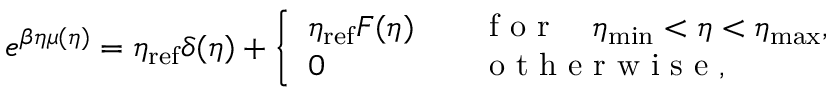
e ^ { \beta \eta \mu ( \eta ) } = \eta _ { \mathrm { r e f } } \delta ( \eta ) + \left\{ \begin{array} { l l } { \eta _ { \mathrm { r e f } } F ( \eta ) } & { \quad \mathrm { ~ f ~ o ~ r ~ } \quad \eta _ { \mathrm { m i n } } < \eta < \eta _ { \mathrm { m a x } } , } \\ { 0 } & { \quad \mathrm { ~ o ~ t ~ h ~ e ~ r ~ w ~ i ~ s ~ e ~ } , } \end{array} \right.